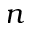
n